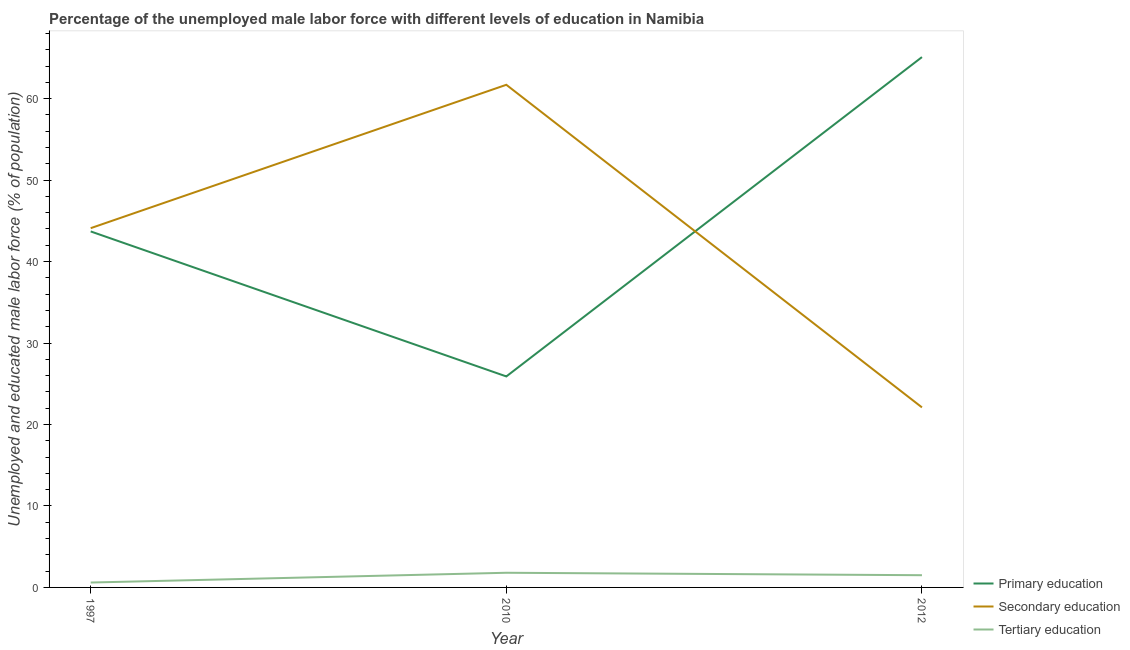
| Year | Primary education | Secondary education | Tertiary education |
 | --- | --- | --- | --- |
 | 1997 | 43.7 | 44.1 | 0.6 |
 | 2010 | 25.9 | 61.7 | 1.8 |
 | 2012 | 65.1 | 22.1 | 1.5 |